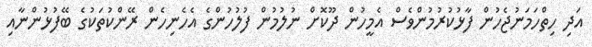
އަދި ހިތްހަމަނުޖެހުން ފާޅުކުރުމުންވެސް އެމީހުން ދޫކޮށް ނުލުމުން ފުލުހުންގެ އެހެނިހެން ރޭންކުތަކުގެ ބޭފުޅުންނާއި